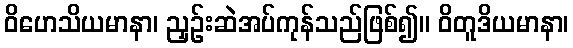
ဝိဟေသိယမာနာ၊ ညှဉ်းဆဲအပ်ကုန်သည်ဖြစ်၍။ ဝိတူဒိယမာနာ၊